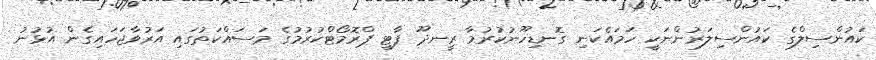
ކައުންސިލްގެ ކައުންސިލަރުންނަކީ ހަމައެކަނި ގޮނޑިހޫނުކުރުމާ ރީނދޫ ޕާޓީ ޕްރޮމޯޓްކުރުމުގެ މަސައްކަތުގައި އަރުވާޖަހައިގެން އުޅުުނު